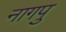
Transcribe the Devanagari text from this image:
नागपु